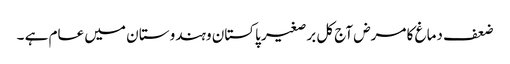
ضعف دماغ کا مرض آج کل برصغیر پاکستان وہندوستا ن میں عام ہے ۔